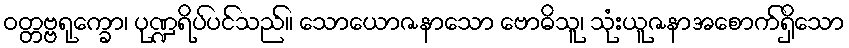
ဝတ္တဗ္ဗရုက္ခော၊ ပုဏ္ဍရိပ်ပင်သည်။ သောယောဇနာသော ဗောဓိသူ၊ သုံးယူဇနာအစောက်ရှိသော